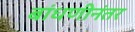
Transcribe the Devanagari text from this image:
बांधणीनंतर